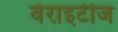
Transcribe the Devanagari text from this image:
वेराइटीज